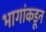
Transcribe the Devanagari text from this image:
भागांकडून